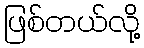
ဖြစ်တယ်လို့